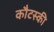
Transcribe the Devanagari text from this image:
कौटस्की